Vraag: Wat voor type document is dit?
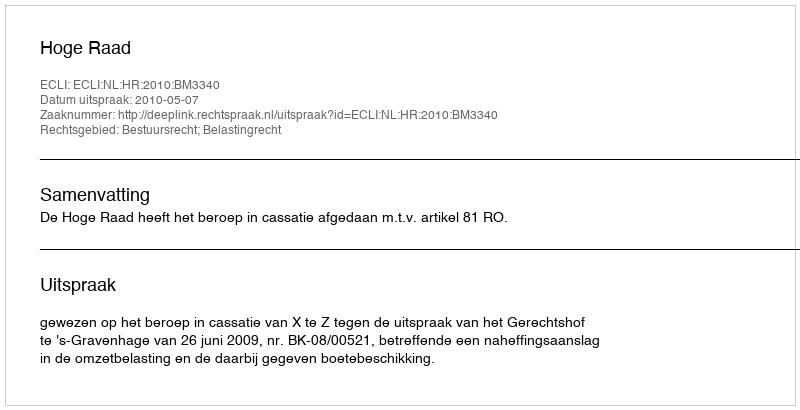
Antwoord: Uitspraak